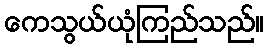
ကေသွယ်ယုံကြည်သည်။